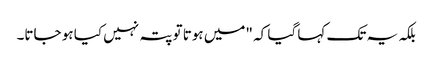
بلکہ یہ تک کہا گیا کہ "میں ہوتا تو پتہ نہیں کیا ہو جاتا۔